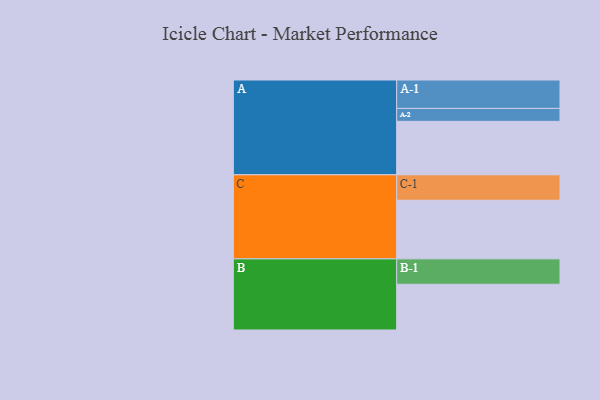
{"axis": {"x": "Segment", "y": "Value"}, "legend": ["", "A", "B", "C"], "data": [{"x": "A", "y": 508, "type": ""}, {"x": "B", "y": 435, "type": ""}, {"x": "C", "y": 557, "type": ""}, {"x": "A-1", "y": 270, "type": "A"}, {"x": "A-2", "y": 123, "type": "A"}, {"x": "B-1", "y": 241, "type": "B"}, {"x": "C-1", "y": 242, "type": "C"}]}